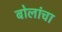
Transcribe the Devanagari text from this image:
बोलांचा